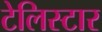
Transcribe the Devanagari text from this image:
टेलिस्टार